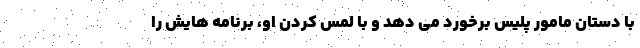
با دستان مامور پلیس برخورد می دهد و با لمس کردن او، برنامه هایش را